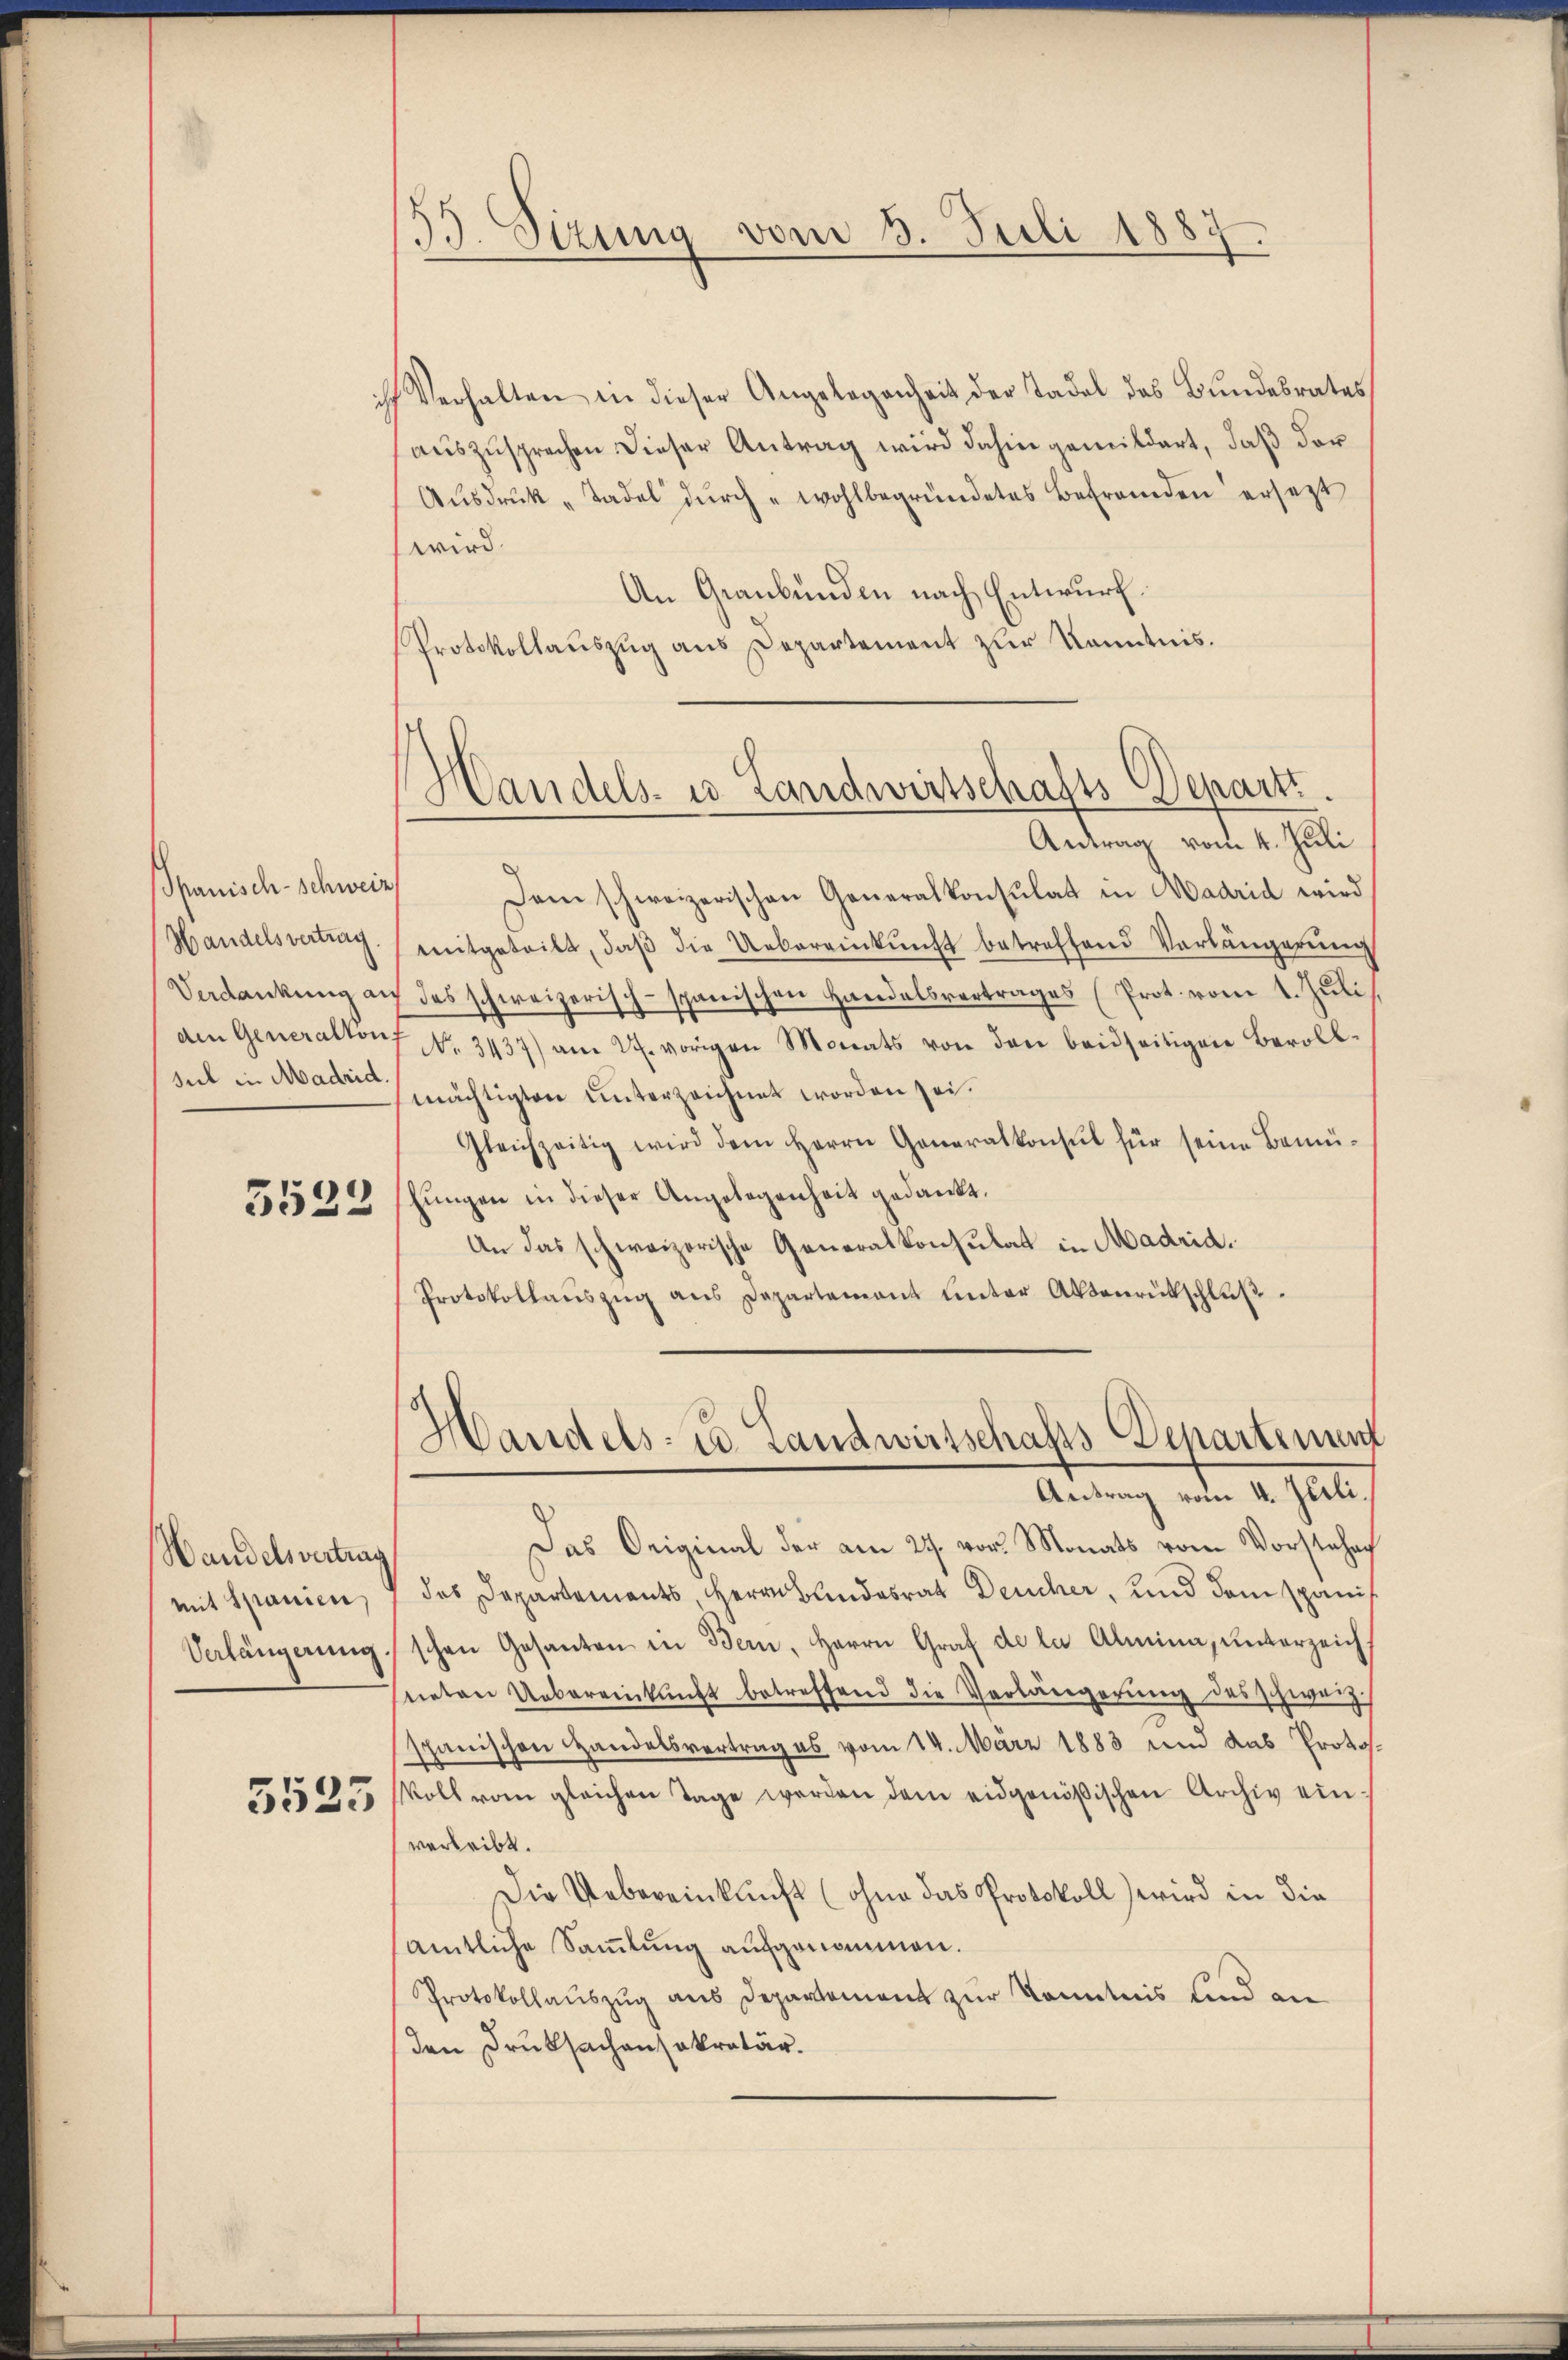
panisch-schweiz
Handelsvertrag.
Verdankung an
den Generalton
sul in Madrid.

)
552:

Handelsvertrag
mit Spanien,

ch Verhalten in dieser Angelegenheit der Tadel des Bŭndesrates
auszusprechen dieser Antrag wird dahin gemildert, daß der
Aŭsdrŭk "Tadel dŭrch wohlbegründetes Befremden ersetzt
wird.
An Graubünden nach Entwurf.
Protokollaŭszŭg ans Departement zŭr Kenntnis.

53. Sizung vom 3. Juli 1887.

Handels- u Landwirtschafts-Departi

Antrag vom 4. Juli
Dem schweizerischen Generalkonsulat in Hadrid wird,
mitgeteilt, daβ die Uebereinkunft betreffend Verlängerung
7 das schweizerisch-spanischen Handelsvertrages (Prot. vom 1. Jŭli
7 No. 3437) am 27. vorigen Monats von den beidseitigen Beroll-
mächtigten unterzeichnet worden sei.
Gleichzeitig wird dem Herrn Generalkonsul für seine Bemühungen in dieser Angelegenheit gedankt.
An das schweizerische Generalkonsulat in Madrid.
Protokollaŭszŭg ans Departement unter Aktenrütschluß

Handels- u. Landwirtschafts-Departement
Antrag vom 4. Juli.

Das Original der am 24. vor. Monats vom Vorstehen
das Departements, Herrn Landesrat Deucher, und dem spanis
Verlängerŭng schon Gesanten in Bern, Herrn Graf de la Almina, unterzeicht
neten Uebereinkunft betreffend die Verlängerŭng des schweiz.
spanischen Handelsvertrag es vom 14. März 1883 und das Proto¬
35575 soll vom gleichen Tage werden dem eidgenößischen Archiv einverleibt.
Die Uebereinkunft (ohne das Protokoll) wird in die
amtliche Sammlung aufgenommen.
Protokollauszug aus Departement zur Kenntnis Land an
(den Druksachensekretär.